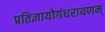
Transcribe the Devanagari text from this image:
प्रतिज्ञायोगंधरायणम्